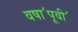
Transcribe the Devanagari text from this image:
वषा॔पूवी॔